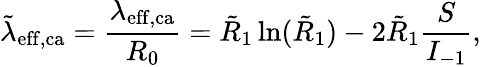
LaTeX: \tilde{\lambda}_{\mathrm{eff},\mathrm{ca}}=\frac{\lambda_{\mathrm{eff},\mathrm{ca}}}{R_{0}}=\tilde{R}_{1}\ln(\tilde{R}_{1})-2\tilde{R}_{1}\frac{S}{I_{-1}},